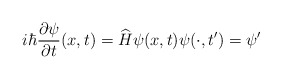
\begin{align*}i\hbar\frac{\partial\psi}{\partial t}(x,t)=\widehat{H}\psi(x,t)\psi(\cdot,t^{\prime})=\psi^{\prime} \end{align*}